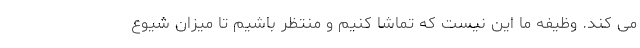
می کند. وظیفه ما این نیست که تماشا کنیم و منتظر باشیم تا میزان شیوع